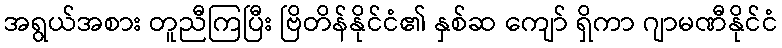
အရွယ်အစား တူညီကြပြီး ဗြိတိန်နိုင်ငံ၏ နှစ်ဆ ကျော် ရှိကာ ဂျာမဏီနိုင်ငံ